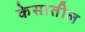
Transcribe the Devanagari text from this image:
केसातील